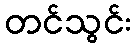
တင်သွင်း